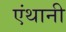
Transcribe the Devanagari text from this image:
एंथानी